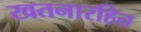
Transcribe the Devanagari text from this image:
खतनारहित